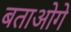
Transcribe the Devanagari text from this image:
बताओगे